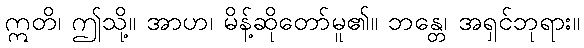
ဣတိ၊ ဤသို့။ အာဟ၊ မိန့်ဆိုတော်မူ၏။ ဘန္တေ၊ အရှင်ဘုရား။